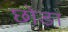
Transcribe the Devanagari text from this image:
छोङा